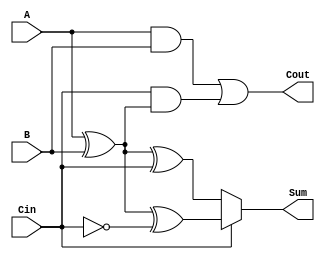
module ConditionalSumFullAdder (
    input wire A,      // First binary input
    input wire B,      // Second binary input
    input wire Cin,    // Carry-in input
    output wire Sum,   // Sum output
    output wire Cout   // Carry-out output
);

// Intermediate signals for potential sums
wire S0;            // Sum assuming no carry from previous stage
wire S1;            // Sum assuming carry from previous stage

// Calculate potential sums
assign S0 = A ^ B ^ Cin;               // S0 = A  B  Cin
assign S1 = A ^ B ^ ~Cin;              // S1 = A  B  Cin

// Calculate carry-out
assign Cout = (A & B) | (Cin & (A ^ B)); // Cout = (A  B) + (Cin  (A  B))

// Select final sum based on Cin
assign Sum = Cin ? S1 : S0;            // Sum = S1 if Cin is 1, else S0

endmodule